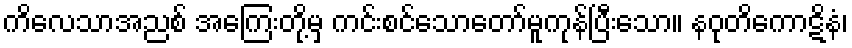
ကိလေသာအညစ် အကြေးတို့မှ ကင်းစင်သောတော်မူကုန်ပြီးသော။ နဝုတိကောဋိနံ၊